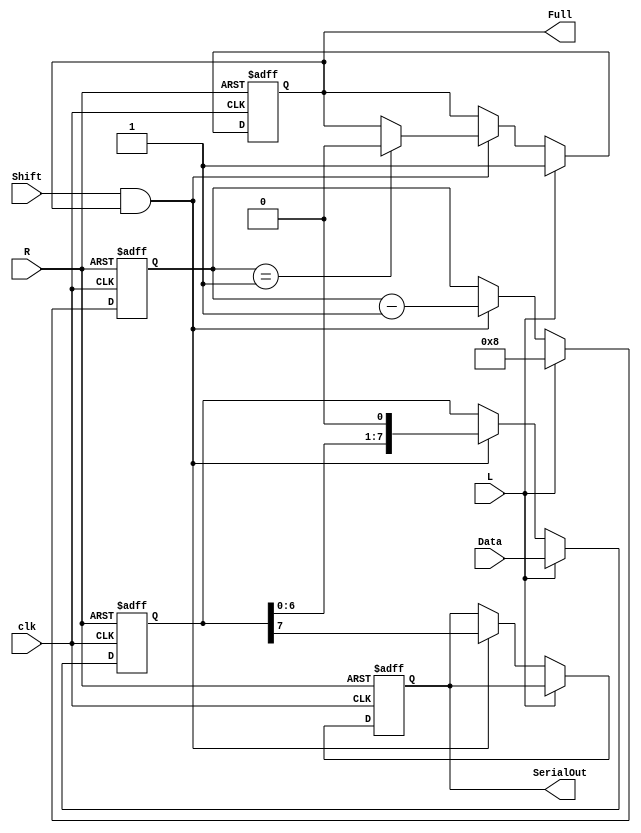
module Loadable_PISO #(
    parameter WIDTH = 8 // Set the width of the register
) (
    input  wire                  clk,    // Clock signal
    input  wire                  R,      // Asynchronous reset
    input  wire                  L,      // Load signal
    input  wire                  Shift,   // Shift signal
    input  wire [WIDTH-1:0]     Data,   // Parallel data input
    output reg                   SerialOut, // Serial output
    output reg                   Full     // Indicates when the register is full
);

    reg [WIDTH-1:0] shift_reg; // Internal storage for the register
    reg [3:0] bit_count;        // Counter to track bits shifted

    always @(posedge clk or posedge R) begin
        if (R) begin
            // Asynchronous reset
            shift_reg <= {WIDTH{1'b0}};
            SerialOut <= 1'b0;
            Full <= 1'b0;
            bit_count <= 0;
        end else begin
            if (L) begin
                // Load data into the register
                shift_reg <= Data;
                Full <= 1'b1; // Set Full when data is loaded
                bit_count <= WIDTH; // Set bit count to full width
            end else if (Shift && Full) begin
                // Shift out the data serially
                SerialOut <= shift_reg[WIDTH-1]; // Output MSB
                shift_reg <= {shift_reg[WIDTH-2:0], 1'b0}; // Shift left
                bit_count <= bit_count - 1; // Decrement bit count

                if (bit_count == 1) begin
                    // Reset Full when all bits are shifted out
                    Full <= 1'b0;
                end
            end
        end
    end
endmodule